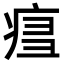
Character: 𤶍